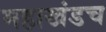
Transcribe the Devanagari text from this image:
महाखंडच